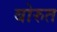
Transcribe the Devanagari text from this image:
बोरुत